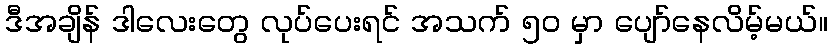
ဒီအချိန် ဒါလေးတွေ လုပ်ပေးရင် အသက် ၅၀ မှာ ပျော်နေလိမ့်မယ်။